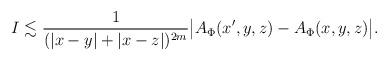
LaTeX: \begin{align*}I\lesssim\frac{1}{(|x-y|+|x-z|)^{2m}} \big| A_\Phi (x',y,z)-A_\Phi(x,y,z)\big|.\end{align*}